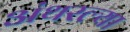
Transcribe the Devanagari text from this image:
अंथरल्या